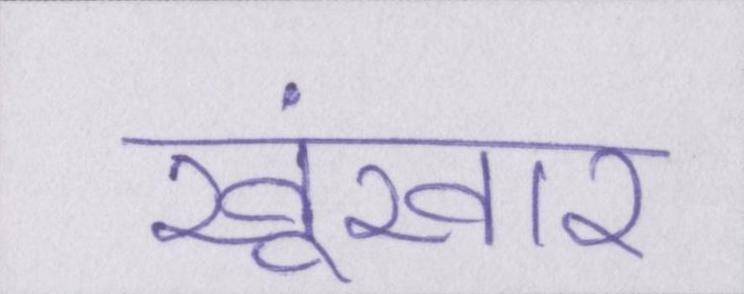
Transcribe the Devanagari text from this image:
खूंखार